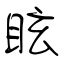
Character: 眩